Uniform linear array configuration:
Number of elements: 8
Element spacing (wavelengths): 0.75
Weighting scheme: hann
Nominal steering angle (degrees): -45
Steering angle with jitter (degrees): -43.053
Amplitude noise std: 0.05
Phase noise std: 0.05

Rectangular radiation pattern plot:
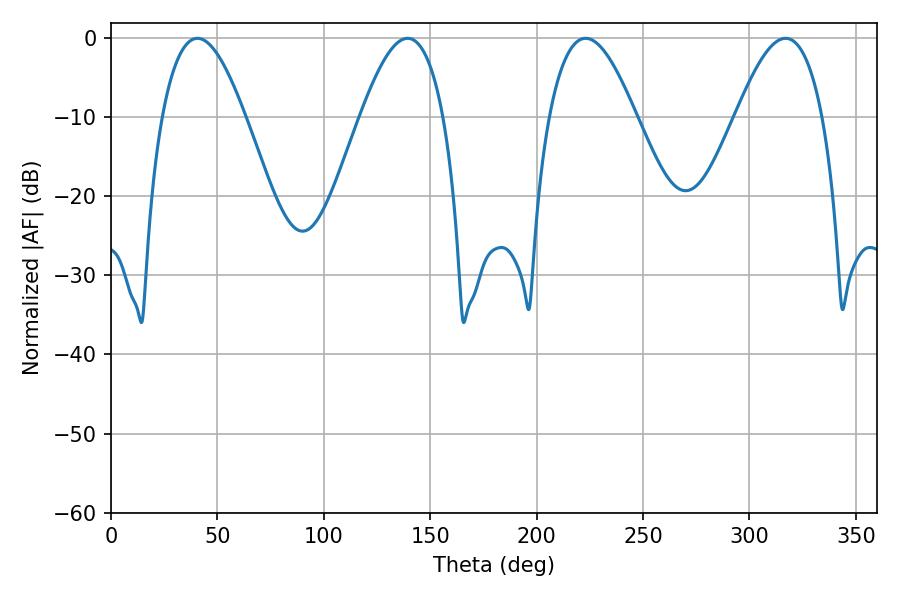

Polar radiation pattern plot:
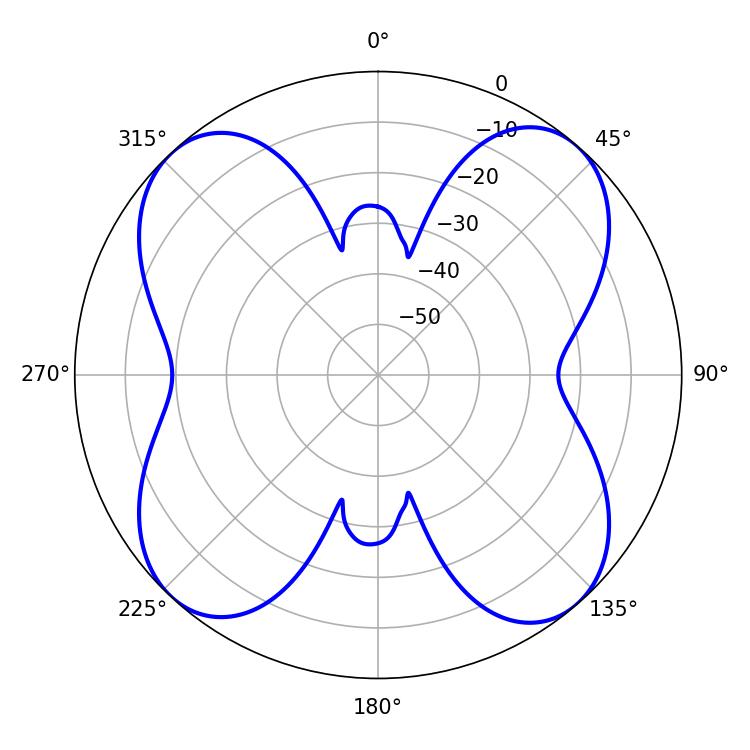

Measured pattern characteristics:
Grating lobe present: TRUE
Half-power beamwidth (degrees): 22.14
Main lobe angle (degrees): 223.02